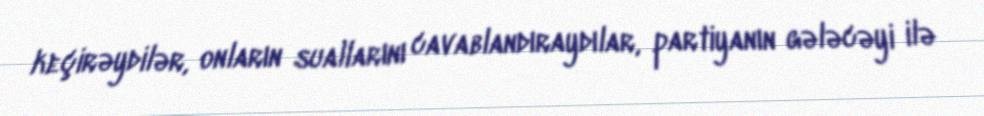
keçirəydilər, onların suallarını cavablandıraydılar, partiyanın gələcəyi ilə